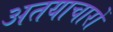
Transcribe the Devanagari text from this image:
अतयाचारों